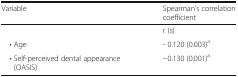
<table><thead><tr><td><b>Variable</b></td><td><b>Spearman’s correlation coefficient</b></td></tr></thead><tbody><tr><td></td><td>r (s)</td></tr><tr><td> • Age</td><td>- 0.120 (0.003)<sup>a</sup></td></tr><tr><td> • Self-perceived dental appearance (OASIS)</td><td>−0.130 (0.001)<sup>a</sup></td></tr></tbody></table>